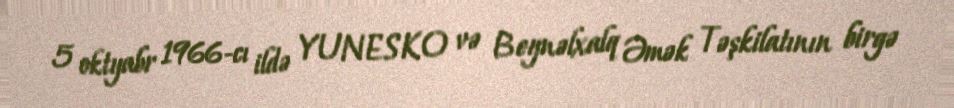
5 oktyabr 1966-cı ildə YUNESKO və Beynəlxalq Əmək Təşkilatının birgə